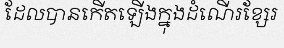
ដែលបានកើតឡើងក្នុងដំណើរខ្សែរ